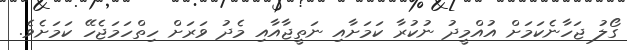
ގޯލު ޖަހާނެކަމަށް އުއްމީދު ނުކުރާ ކަމަށާއި ނަތީޖާއާާއި މެދު ވަރަށް ހިތްހަމަޖެހޭ ކަމަށެވެ.